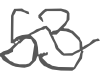
Text: 53
Cross-out: wave
Writing tool: digital_gray